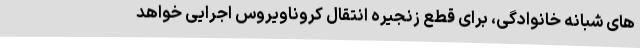
های شبانه خانوادگی، برای قطع زنجیره انتقال کروناویروس اجرایی خواهد